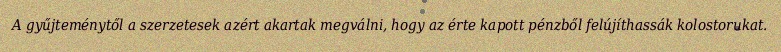
A gyűjteménytől a szerzetesek azért akartak megválni, hogy az érte kapott pénzből felújíthassák kolostorukat.